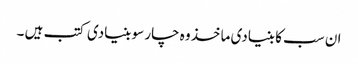
ان سب کا بنیادی ماخذ وہ چار سو بنیادی کتب ہیں ۔